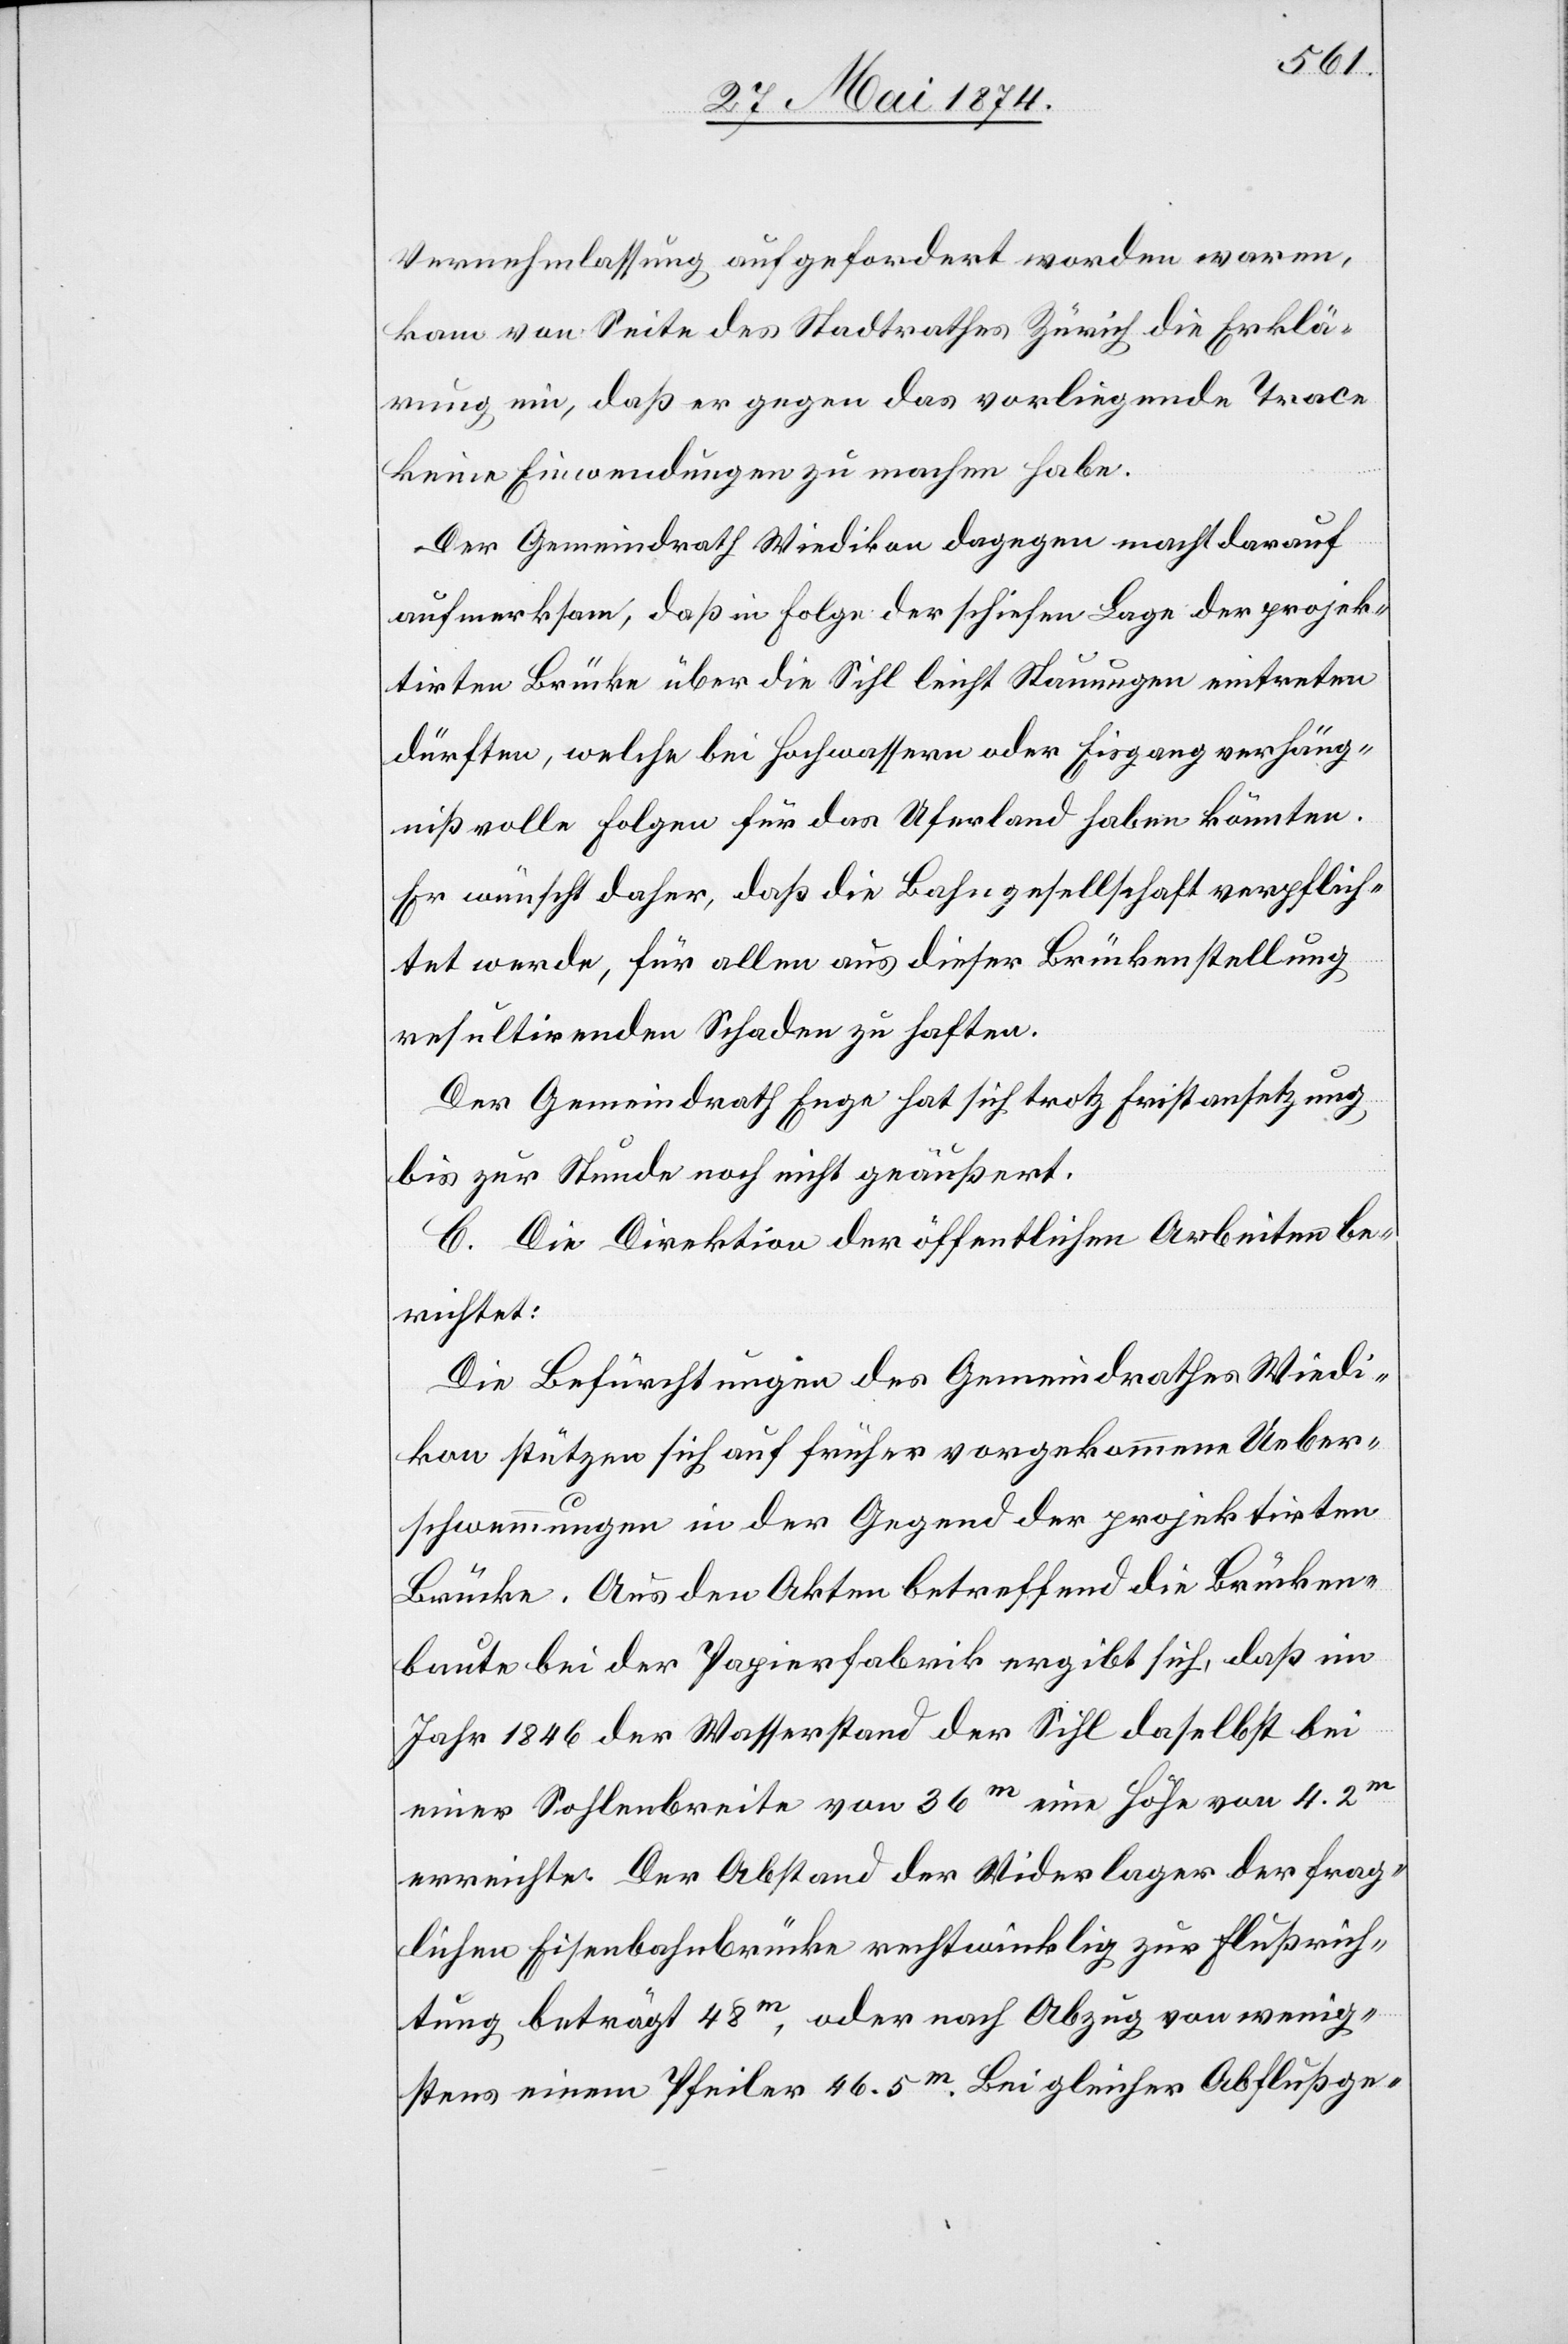
Vernehmlassung aufgefordert worden waren,
kam von Seite des Stadtrathes Zürich die Erklä¬
rung ein, daß er gegen das vorliegende Trace
keine Einwendungen zu machen habe.
Der Gemeindrath Wiedikon dagegen macht darauf
aufmerksam, daß in Folge der schiefen Lage der projek¬
tirten Brücke über die Sihl leicht Stauungen eintreten
dürften, welche bei Hochwassern oder Eisgang verhäng¬
nißvolle Folgen für das Uferland haben könnten.
Er wünscht daher, daß die Bahngesellschaft verpflich¬
tet werde, für allen aus dieser Brückenstellung
resultirenden Schaden zu haften.
Der Gemeindrath Enge hat sich trotz Fristansetzung
bis zur Stunde noch nicht geäußert.
C. Die Direktion der öffentlichen Arbeiten be¬
richtet:
Die Befürchtungen des Gemeindrathes Wiedi¬
kon stützen sich auf früher vorgekommene Ueber¬
schwemmungen in der Gegend der projektirten
Brücke. Aus den Akten betreffend die Brücken¬
baute bei der Papierfabrik ergibt sich, daß im
Jahr 1846 der Wasserstand der Sihl daselbst bei
einer Sohlenbreite von 36m eine Höhe von 4.2m
erreichte. Der Abstand der Wiederlager der frag¬
lichen Eisenbahnbrücke rechtwinklig zur Flußrich¬
tung beträgt 48m, oder nach Abzug von wenig¬
stens einem Pfeiler 46.5m. Bei gleicher Abflußge-